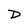
Character: D